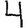
Digit: 4